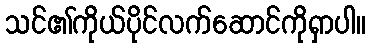
သင်၏ကိုယ်ပိုင်လက်ဆောင်ကိုရှာပါ။